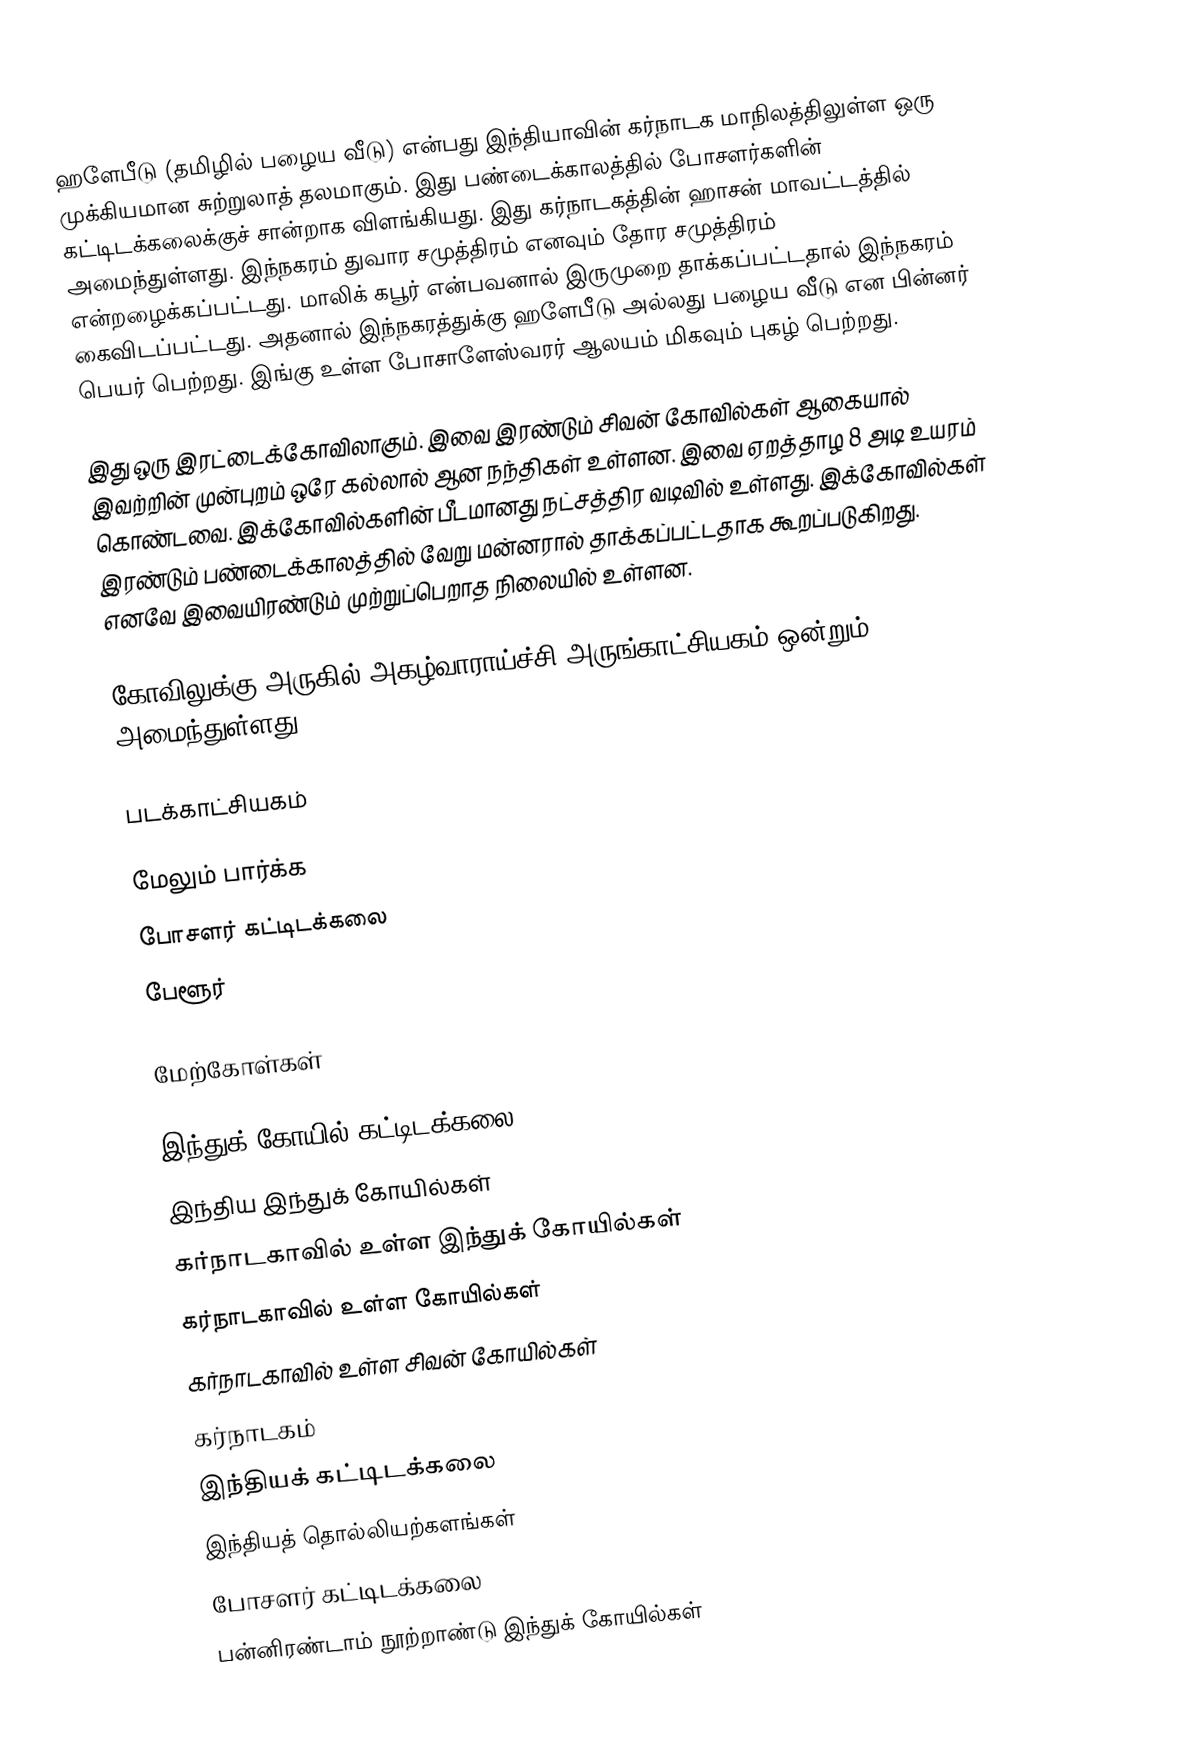
ஹளேபீடு (தமிழில் பழைய வீடு) என்பது இந்தியாவின் கர்நாடக மாநிலத்திலுள்ள ஒரு முக்கியமான சுற்றுலாத் தலமாகும். இது பண்டைக்காலத்தில் போசளர்களின் கட்டிடக்கலைக்குச் சான்றாக விளங்கியது. இது கர்நாடகத்தின் ஹாசன் மாவட்டத்தில் அமைந்துள்ளது. இந்நகரம் துவார சமுத்திரம் எனவும் தோர சமுத்திரம் என்றழைக்கப்பட்டது. மாலிக் கபூர் என்பவனால் இருமுறை தாக்கப்பட்டதால் இந்நகரம் கைவிடப்பட்டது. அதனால் இந்நகரத்துக்கு ஹளேபீடு அல்லது பழைய வீடு என பின்னர் பெயர் பெற்றது. இங்கு உள்ள போசாளேஸ்வரர் ஆலயம் மிகவும் புகழ் பெற்றது.

இது ஒரு இரட்டைக்கோவிலாகும். இவை இரண்டும் சிவன் கோவில்கள் ஆகையால் இவற்றின் முன்புறம் ஒரே கல்லால் ஆன நந்திகள் உள்ளன. இவை ஏறத்தாழ 8 அடி உயரம் கொண்டவை. இக்கோவில்களின் பீடமானது நட்சத்திர வடிவில் உள்ளது. இக்கோவில்கள் இரண்டும் பண்டைக்காலத்தில் வேறு மன்னரால் தாக்கப்பட்டதாக கூறப்படுகிறது. எனவே இவையிரண்டும் முற்றுப்பெறாத நிலையில் உள்ளன.

கோவிலுக்கு அருகில் அகழ்வாராய்ச்சி அருங்காட்சியகம் ஒன்றும் அமைந்துள்ளது.

படக்காட்சியகம்

மேலும் பார்க்க
 போசளர் கட்டிடக்கலை
 பேளூர்

மேற்கோள்கள்

இந்துக் கோயில் கட்டிடக்கலை
இந்திய இந்துக் கோயில்கள்
கர்நாடகாவில் உள்ள இந்துக் கோயில்கள்
கர்நாடகாவில் உள்ள கோயில்கள்
கர்நாடகாவில் உள்ள சிவன் கோயில்கள்
கர்நாடகம்
இந்தியக் கட்டிடக்கலை
இந்தியத் தொல்லியற்களங்கள்
போசளர் கட்டிடக்கலை
பன்னிரண்டாம் நூற்றாண்டு இந்துக் கோயில்கள்